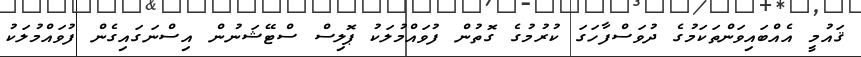
ޤައުމީ އެއްބައިވަންތަކަމުގެ ދުވަސްފާހަގަ ކުރުމުގެ ގޮތުން ފުވައްމުލަކު ޕޮލިސް ސްޓޭޝަނުން އިސްނަގައިގެން ފުވައްމުލަކު